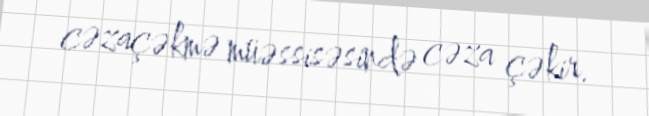
cəzaçəkmə müəssisəsində cəza çəkir.